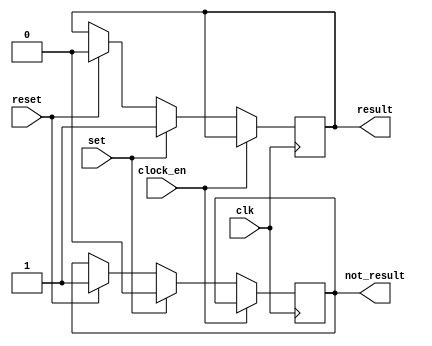
`timescale 1ns / 1ps
/*
//////////////////////////////////////////////////////////////////////////////////
// Company: 
// Engineer: 
// 
// Design Name: 
// Module Name:    Ej5 
// Project Name: 
// Target Devices: 
// Tool versions: 
// Description: 
1.	Escriba un modelo Verilog de un flip-flop con:
	a.	Una seal de "Clock-enable" sncrona con lgica negativa
	b.	2 entradas, una de reset y otra de preset asincrnicas y con lgica positiva.
	c.	Y ambas salidas Q y ~Q (not Q).
	
	Tabla de verdad deseada:
	R=RESET S=SET CE=CLOCK_ENABLED Q Estado guardado
	
	|	 	ENTRADAS	|	SALIDAS	|
	|C_E	|	S	|	R	|	Q	|	~Q	|
	|-----|-----|-----|-----|-----|
	|	0	|	0	|	0	|	Q	|	~Q	|	HOLD
	|	0	|	0	|	1	|	0	|	1	|	RESET
	|	0	|	1	|	0	|	1	|	0	|	SET
	|	0	|	1	|	1	|	invalido	|	SALIDA NO DETERMINADA
	|	1	|	X	|	X	|	Q	|	~Q	|

	
// Dependencies: 
//
// Revision: 
// Revision 0.01 - File Created
// Additional Comments: 
//
//////////////////////////////////////////////////////////////////////////////////
*/
module Ej5
(
	input wire set,
	input wire reset,
	input wire clock_en,
	output reg result,
	output reg not_result,
	input wire clk
);



always@(posedge clk)
begin
	if(clock_en == 0)
	begin
		if(set == 1)
		begin
			result <= 1;
			not_result <= 0;
		end
		else
		begin
			if(reset == 1)
			begin
				result <= 0;
				not_result <= 1;
			end
			else
			begin
				result <= result;
				not_result <= not_result;
			end		
		end
	end
	else
	begin
		result <= result;
		not_result <= not_result;
	end
end

endmodule